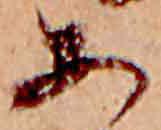
あ